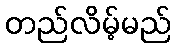
တည်လိမ့်မည်